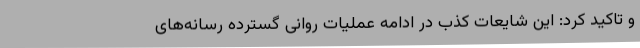
و تاکید کرد: این شایعات کذب در ادامه عملیات روانی گسترده رسانه‌های